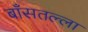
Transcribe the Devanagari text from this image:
बाँसतल्‍ला